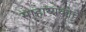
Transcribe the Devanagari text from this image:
साहाय्यकाचे